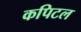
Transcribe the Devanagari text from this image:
कपिटल